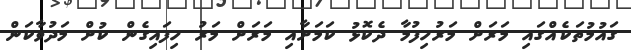
ގައުމުތަކެއްގައި މަރަށް މަރުހިފުމާ ދެކޮޅު ކަމަށާއި މަރަށް މަރު ހިފައިގެން ކުށް މަދުވާކަން